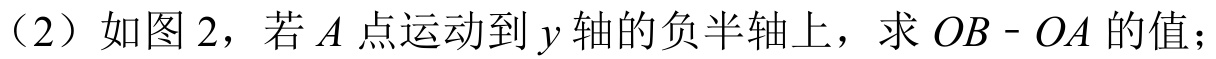
（2）如图 2，若$A$点运动到$y$轴的负半轴上，求$OB - OA$的值；